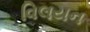
વિલયન